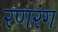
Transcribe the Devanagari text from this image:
रणरंग